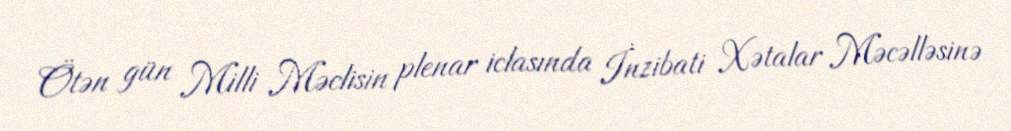
Ötən gün Milli Məclisin plenar iclasında İnzibati Xətalar Məcəlləsinə